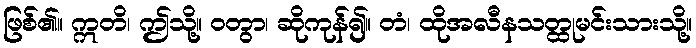
ဖြစ်၏။ ဣတိ၊ ဤသို့။ ဝတွာ၊ ဆိုကုန်၍။ တံ၊ ထိုအလီနသတ္ထုမင်းသားသို့။